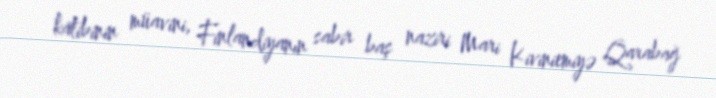
katibinin müavini, Finlandiyanın sabir baş naziri Mari Kiviniemiyə Qarabağ